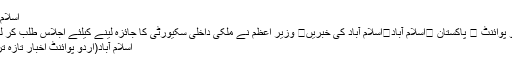
اسلام آباد
اُردو پوائنٹ ⬅ پاکستان ⬅اسلام آباد⬅اسلام آباد کی خبریں⬅ وزیر اعظم نے ملکی داخلی سکیورٹی کا جائزہ لینے کیلئے اجلاس طلب کر لیا ..
اسلام آباد(اُردو پوائنٹ اخبار تازہ ترین۔